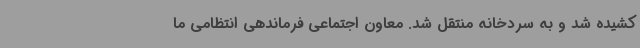
کشیده شد و به سردخانه منتقل شد. معاون اجتماعی فرماندهی انتظامی ما